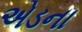
એડના